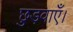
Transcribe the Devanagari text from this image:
छुड़वाएँ।